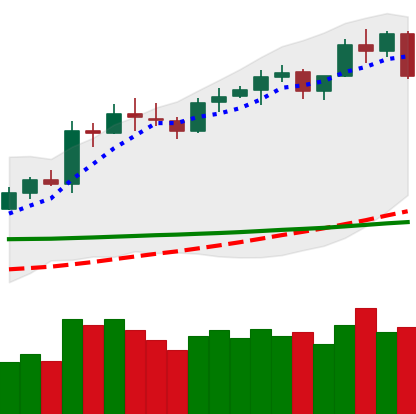
Ticker: LTC-USD
Chart end date: 2020-02-15
Forward return: -9.003%
Label: down_7plus